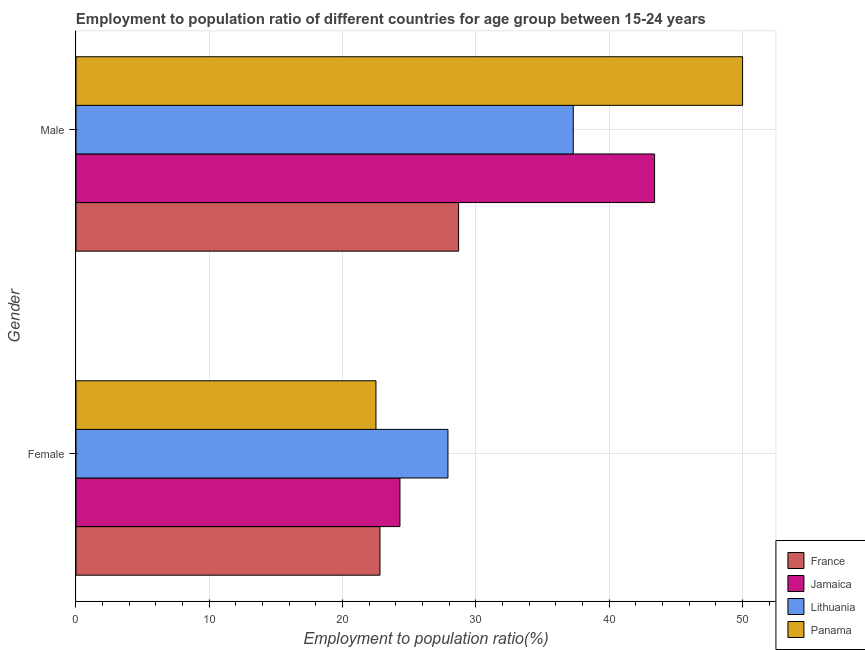
| Gender | France | Jamaica | Lithuania | Panama |
 | --- | --- | --- | --- | --- |
 | Female | 22.8 | 24.3 | 27.9 | 22.5 |
 | Male | 28.7 | 43.4 | 37.3 | 50 |